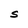
Character: S